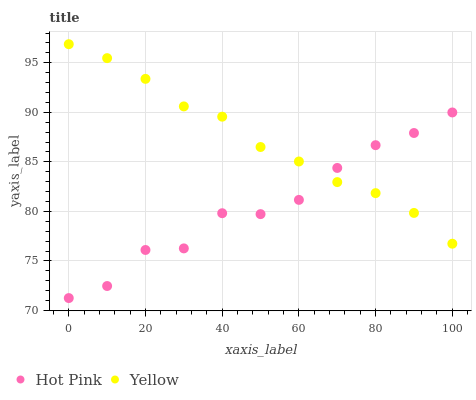
| xaxis_label | Hot Pink | Yellow |
 | --- | --- | --- |
 | 0 | 71.3 | 96.9 |
 | 10 | 72.5 | 95.5 |
 | 20 | 76.1 | 93.4 |
 | 30 | 76.3 | 90.6 |
 | 40 | 79.8 | 89.6 |
 | 50 | 79.7 | 86.5 |
 | 60 | 81.2 | 85 |
 | 70 | 84.4 | 83 |
 | 80 | 86.7 | 81.8 |
 | 90 | 87.9 | 79.8 |
 | 100 | 90 | 76.7 |